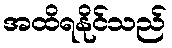
အထိရနိုင်သည်